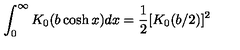
\int _ { 0 } ^ { \infty } K _ { 0 } ( b \cosh x ) d x = \frac { 1 } { 2 } [ K _ { 0 } ( b / 2 ) ] ^ { 2 }